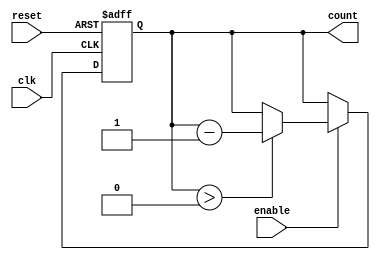
module down_counter #(parameter N = 4) (
    input wire clk,                // Clock signal
    input wire enable,             // Enable signal
    input wire reset,              // Asynchronous reset
    output reg [N-1:0] count       // Current count value
);

    // Initial count state
    initial begin
        count = (1 << N) - 1; // Initialize count to max_value (2^N - 1)
    end

    // Asynchronous reset and counting logic
    always @(posedge clk or posedge reset) begin
        if (reset) begin
            count <= (1 << N) - 1; // Reset count to max_value
        end else if (enable) begin
            if (count > 0) begin
                count <= count - 1; // Decrement counter
            end
            // If count is zero, retain value
        end
    end

endmodule